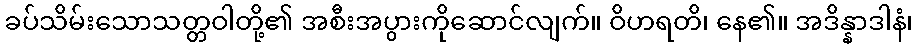
ခပ်သိမ်းသောသတ္တဝါတို့၏ အစီးအပွားကိုဆောင်လျက်။ ဝိဟရတိ၊ နေ၏။ အဒိန္နာဒါနံ၊